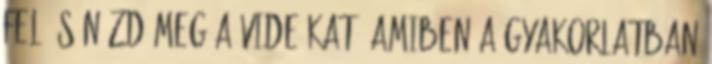
fel és nézd meg a videókat, amiben a gyakorlatban